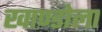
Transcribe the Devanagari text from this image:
खाण्डोला